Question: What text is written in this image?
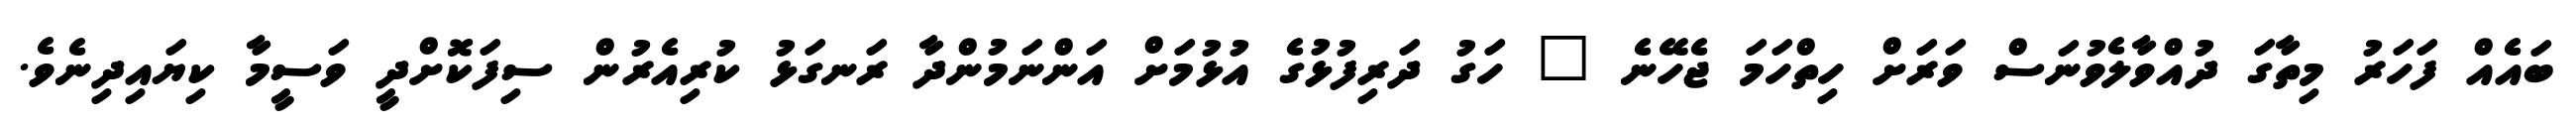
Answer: ބައެއް ފަހަރު މިތާގަ ދުއްވާލެވުނަސް ވަރަށް ހިތްހަމަ ޖެހޭނެ " ހަގު ދަރިފުޅުގެ އުޅުމަށް އަންނަމުންދާ ރަނގަޅު ކުރިއެރުން ސިފަކޮށްދީ ވަސީމާ ކިޔައިދިނެވެ.